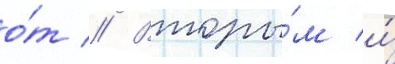
о́т // Вторы́м и́